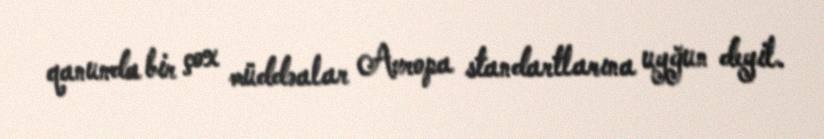
qanunda bir çox müddəalar Avropa standartlarına uyğun deyil.